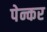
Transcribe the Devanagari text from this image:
पेन्कर